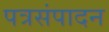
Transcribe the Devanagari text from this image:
पत्रसंपादन